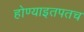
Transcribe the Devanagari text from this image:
होण्याइतपतच